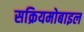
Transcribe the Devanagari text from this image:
सक्रियमोबाइल